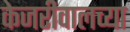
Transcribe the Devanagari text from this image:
केजरीवालच्या